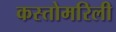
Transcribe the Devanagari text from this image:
कस्तोमरिली